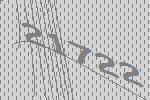
21722